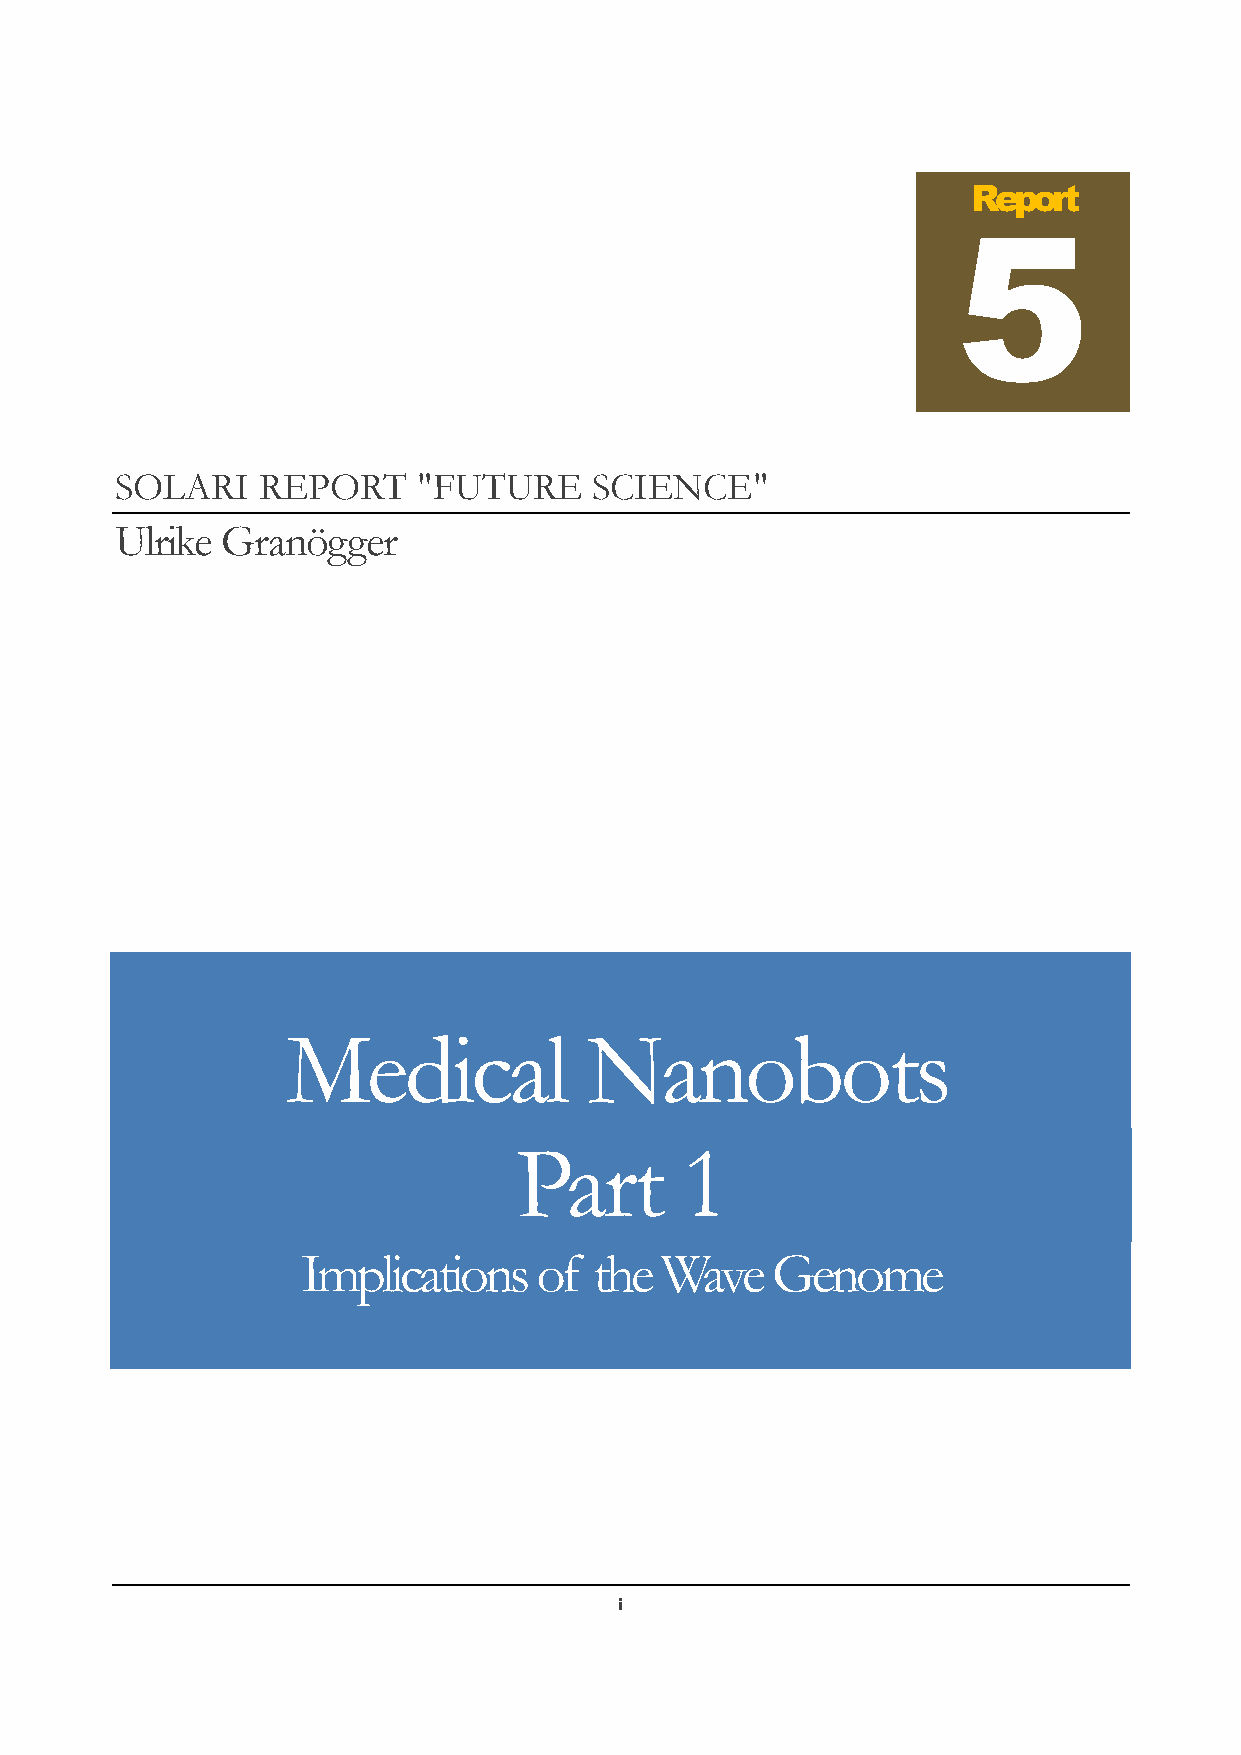
Report
 SOLARI   REPORT     "FUTURE    SCIENCE"
 Ulrike Granögger
 Medical             Nanobots
 Part       1
 Implications    of the  Wave   Genome
 i